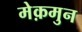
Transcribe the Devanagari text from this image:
मेक़मुन